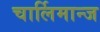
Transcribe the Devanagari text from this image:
चार्लिमान्ज